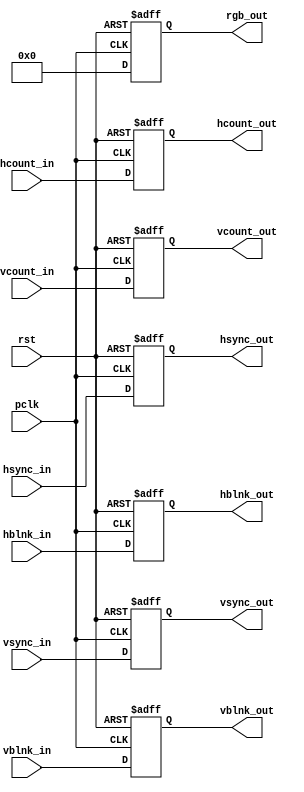
`timescale 1ns / 1ps
//////////////////////////////////////////////////////////////////////////////////
// Company: 
// Engineer: 
// 
// Design Name: 
// Module Name: vga_background
// Project Name: 
// Target Devices: 
// Tool Versions: 
// Description: 
// 
// Dependencies: 
// 
// Revision:
// Revision 0.01 - File Created
// Additional Comments:
// 
//////////////////////////////////////////////////////////////////////////////////


module vga_background(
    input wire [10:0] hcount_in,
    input wire hsync_in,
    input wire hblnk_in,
    input wire [10:0] vcount_in,
    input wire vsync_in,
    input wire vblnk_in,
    input wire pclk,
    input wire rst,
    
    output reg [10:0] hcount_out,
    output reg hsync_out,
    output reg hblnk_out,
    output reg [10:0] vcount_out,
    output reg vsync_out,
    output reg vblnk_out,
    
    output reg [11:0] rgb_out
    );
    
    reg [11:0] rgb_out_nxt;
    
    always @(posedge pclk or posedge rst)
    begin
        if (rst)
        begin
            hsync_out <= 1'b0;
            vsync_out <= 1'b0;
            hblnk_out <= 1'b0;
            vblnk_out <= 1'b0;
            
            hcount_out <= 0;
            vcount_out <= 0;
            
            rgb_out <= 12'b0;
        end
        
        else
        begin
            hsync_out <= hsync_in;
            vsync_out <= vsync_in;
            hblnk_out <= hblnk_in;
            vblnk_out <= vblnk_in;
           
            hcount_out <= hcount_in;
            vcount_out <= vcount_in;
       
            rgb_out <= rgb_out_nxt;
        end
    end
    
    always @*
    begin
        if (vblnk_in || hblnk_in) rgb_out_nxt <= 12'h0_0_0;
        else
            rgb_out_nxt <= 12'h0_0_0;
    end
    
endmodule